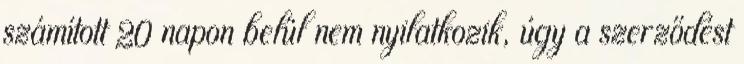
számított 20 napon belül nem nyilatkozik, úgy a szerződést